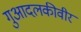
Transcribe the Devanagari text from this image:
गुआदलकीवीर